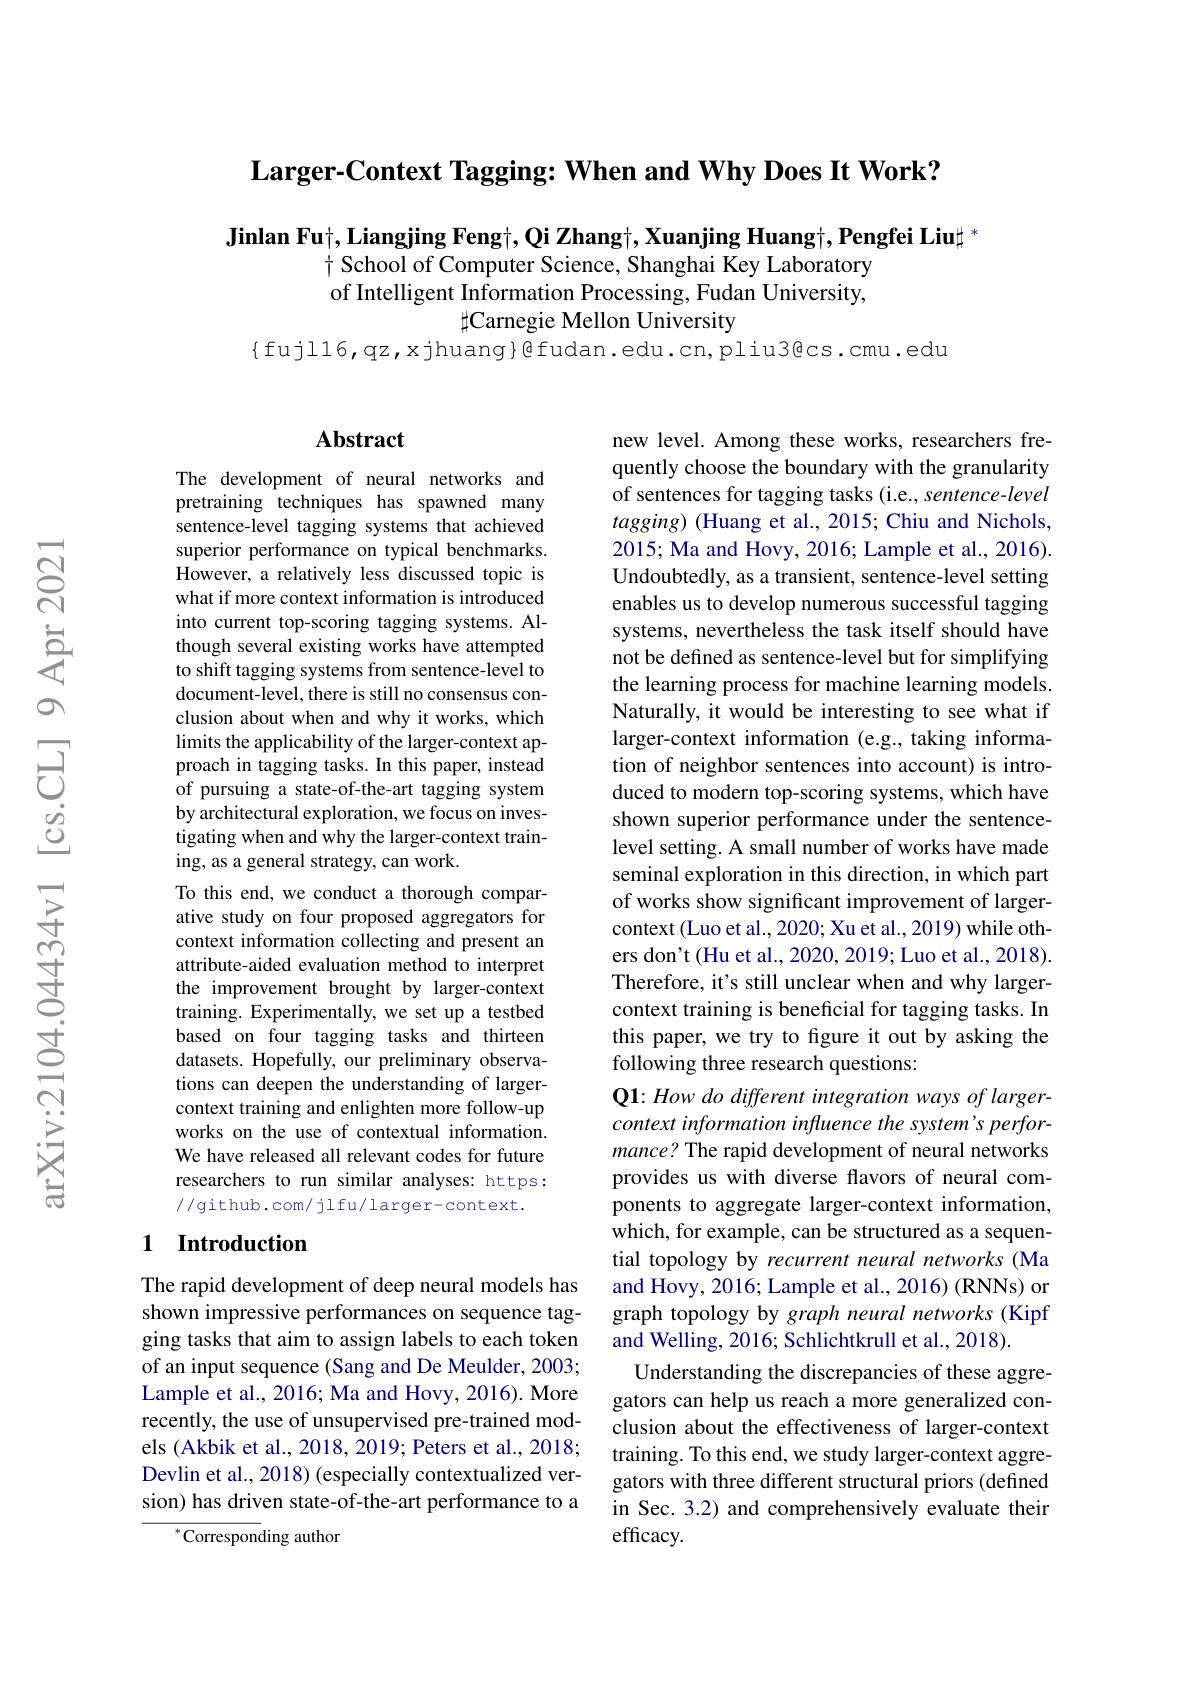
Larger-Context Tagging: When and Why Does It Work?

$\textbf{Jinlan Fu}| , \textbf{Liangjing Feng}\dagger , \textbf{Qi Zhang}| , \textbf{Xuanjing Huang}_| ^+ , \textbf{Pengfei Liu}\sharp ^*$
t School of Computer Science, Shanghai Key Laboratory of Intelligent Information Processing, Fudan University,
$\sharp$Carnegie Mellon University

$\{$fujl16,qz,xjhuang}@fudan.edu.cn,pliu3@cs.cmu.edu

## $\mathbf{Abstract}$

The development of neural networks and pretraining techniques has spawned many sentence-level tagging systems that achieved superior performance on typical benchmarks. However, a relatively less discussed topic is what if more context information is introduced into current top-scoring tagging systems. Although several existing works have attempted to shift tagging systems from sentence-level to document-level, there is still no consensus conclusion about when and why it works, which limits the applicability of the larger-context approach in tagging tasks. In this paper, instead of pursuing a state-of-the-art tagging system by architectural exploration, we focus on investigating when and why the larger-context training, as a general strategy, can work.
To this end, we conduct a thorough comparative study on four proposed aggregators for context information collecting and present an attribute-aided evaluation method to interpret the improvement brought by larger-context training. Experimentally, we set up a testbed based on four tagging tasks and thirteen datasets. Hopefully, our preliminary observations can deepen the understanding of largercontext training and enlighten more follow-up works on the use of contextual information. We have released all relevant codes for future researchers to run similar analyses: https: //github.com/jlfu/larger-context.

## 1 Introduction

The rapid development of deep neural models has shown impressive performances on sequence tagging tasks that aim to assign labels to each token of an input sequence (Sang and De Meulder, 2003; Lample et al., 2016; Ma and Hovy, 2016). More recently, the use of unsupervised pre-trained models (Akbik et al., 2018, 2019; Peters et al., 2018; Devlin et al., 2018) (especially contextualized version) has driven state-of-the-art performance to a

$^{*}$Corresponding author

new level. Among these works, researchers frequently choose the boundary with the granularity of sentences for tagging tasks (i.e., sentence-level $tagging)$ (Huang et al., 2015; Chiu and Nichols, 2015; Ma and Hovy, 2016; Lample et al., 2016). Undoubtedly, as a transient, sentence-level setting enables us to develop numerous successful tagging systems, nevertheless the task itself should have not be defined as sentence-level but for simplifying the learning process for machine learning models. Naturally, it would be interesting to see what if larger-context information (e.g., taking information of neighbor sentences into account) is introduced to modern top-scoring systems, which have shown superior performance under the sentencelevel setting. A small number of works have made seminal exploration in this direction, in which part of works show significant improvement of largercontext (Luo et al., 2020; Xu et al., 2019) while others don't (Hu et al., 2020, 2019; Luo et al., 2018). Therefore, it's still unclear when and why largercontext training is beneficial for tagging tasks. In this paper, we try to figure it out by asking the following three research questions:
Q1: How do different integration ways of largercontext information influence the system's performance? The rapid development of neural networks provides us with diverse flavors of neural components to aggregate larger-context information, which, for example, can be structured as a sequential topology by recurrent neural networks (Ma and Hovy, 2016; Lample et al., 2016) (RNNs) or graph topology by graph neural networks (Kipf and Welling, 2016; Schlichtkrull et al., 2018).
Understanding the discrepancies of these aggregators can help us reach a more generalized conclusion about the effectiveness of larger-context training. To this end, we study larger-context aggregators with three different structural priors (defined in Sec. 3.2) and comprehensively evaluate their efficacy.